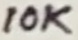
Text: 10K